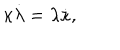
LaTeX: \kappa \dot { \lambda } = \lambda \dot { \kappa } ,